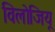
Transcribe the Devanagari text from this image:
विलोजियू